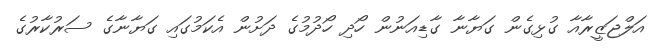
އަލްޖަޒީރާއާ ގުޅިގެން ގަޔާނާ ގާޑިއަނުން ހޯދި ހޯދުމުގެ ދަށުން އެކަމުގައި ގަޔާނާގެ ސަރުކާރުގެ